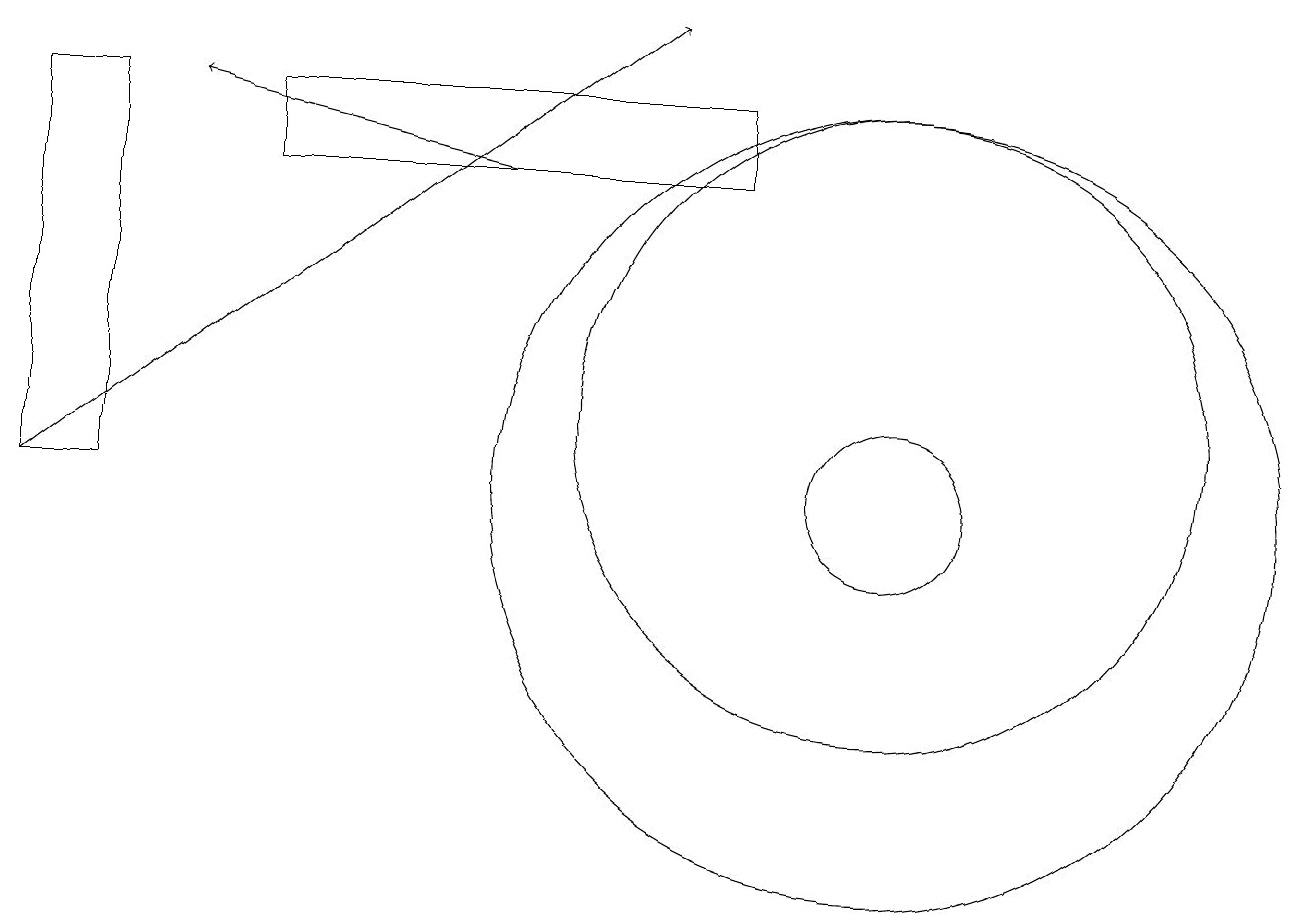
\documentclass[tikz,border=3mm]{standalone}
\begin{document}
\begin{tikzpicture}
\draw (0,16) rectangle (1,11);
\draw[->] (6,15) -- (2,16);
\draw (10,10) circle (0);
\draw[->] (0,11) -- (8,17);
\draw (11,11) circle (1);
\draw (11,11) circle (5);
\draw (3,16) rectangle (9,15);
\draw (11,12) circle (4);
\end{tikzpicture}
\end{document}